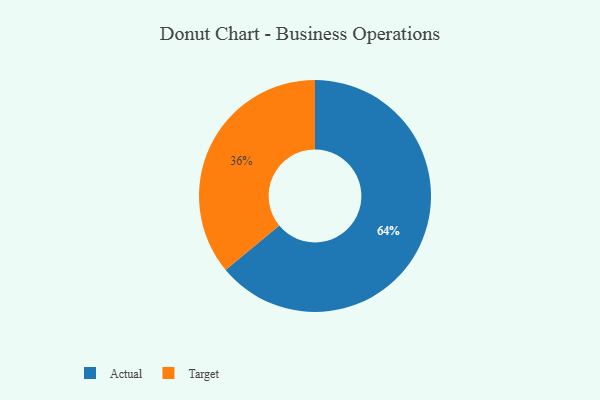
{"axis": {"x": "Category", "y": "Percentage"}, "legend": ["Actual", "Target"], "data": [{"x": "Target", "y": 36, "type": "Target"}, {"x": "Actual", "y": 64, "type": "Actual"}]}